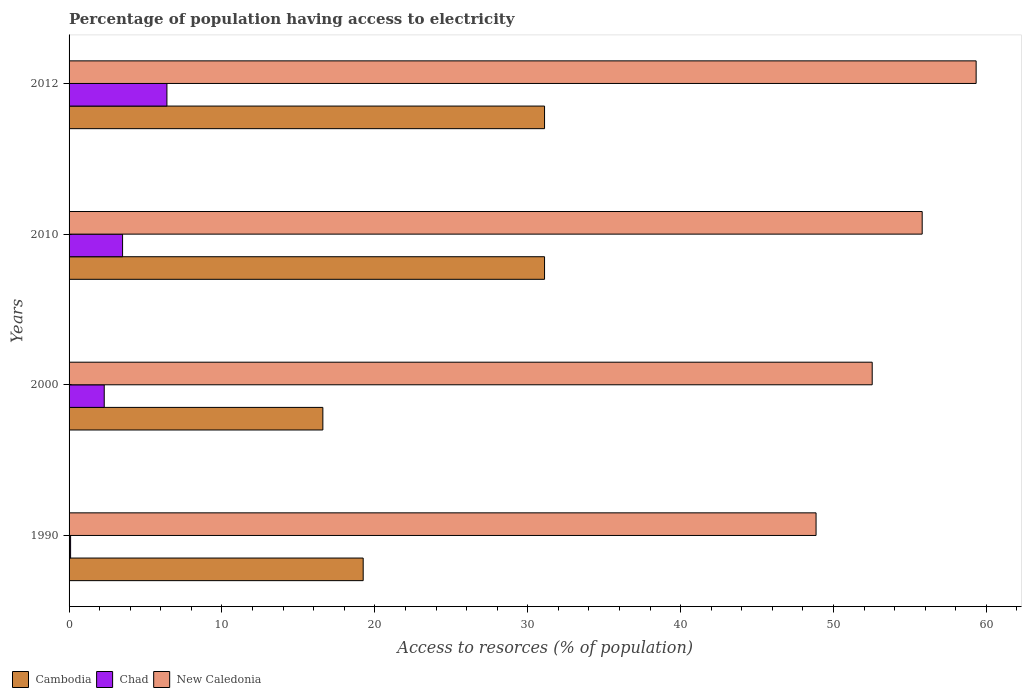
| Years | Cambodia | Chad | New Caledonia |
 | --- | --- | --- | --- |
 | 1990 | 19.2 | 0.1 | 48.9 |
 | 2000 | 16.6 | 2.3 | 52.5 |
 | 2010 | 31.1 | 3.5 | 55.8 |
 | 2012 | 31.1 | 6.4 | 59.3 |